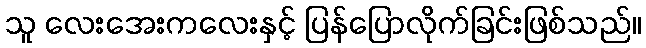
သူ လေးအေးကလေးနှင့် ပြန်ပြောလိုက်ခြင်းဖြစ်သည်။